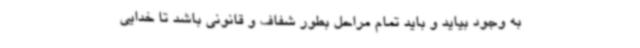
به وجود بیاید و باید تمام مراحل بطور شفاف و قانونی باشد تا خدایی